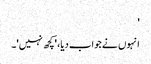
'
انہوں نے جواب دیا، 'کچھ نہیں'۔